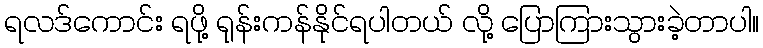
ရလဒ်ကောင်း ရဖို့ ရုန်းကန်နိုင်ရပါတယ် လို့ ပြောကြားသွားခဲ့တာပါ။